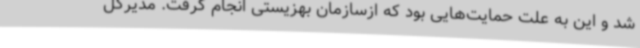
شد و این به علت حمایت‌هایی بود که ازسازمان بهزیستی انجام گرفت. مدیرکل